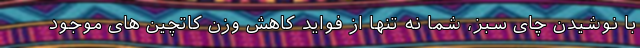
با نوشیدن چای سبز، شما نه تنها از فواید کاهش وزن کاتچین های موجود